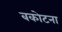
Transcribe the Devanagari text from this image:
बकोटना